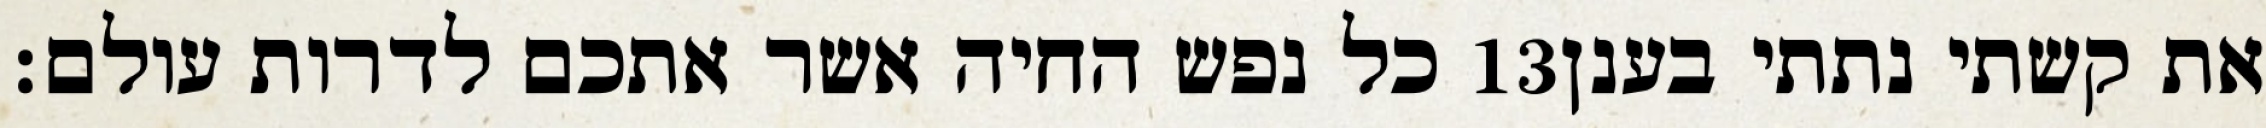
כל נפש החיה אשר אתכם לדרות עולם׃ ‎13‏ את קשתי נתתי בענן